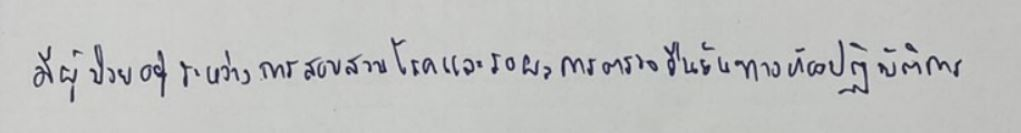
มีผู้ป่วยอยู่ระหว่างการสอบสวนโรคและรอผลการตรวจยืนยันทางห้องปฏิบัติการ